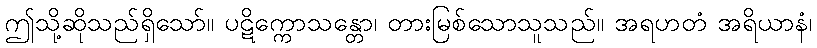
ဤသို့ဆိုသည်ရှိသော်။ ပဋိက္ကောသန္တော၊ တားမြစ်သောသူသည်။ အရဟတံ အရိယာနံ၊